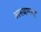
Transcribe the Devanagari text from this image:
अस्त्रागार